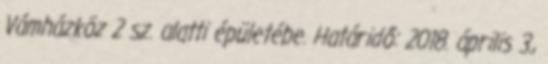
Vámházköz 2 sz. alatti épületébe. Határidő: 2018. április 3.,